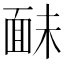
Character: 𩈐